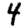
Digit: 4